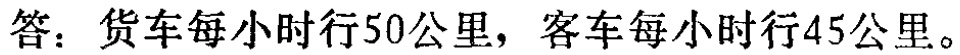
答：货车每小时行50公里，客车每小时行45公里。